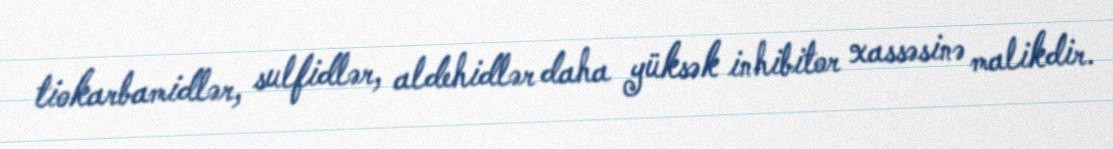
tiokarbamidlər, sulfidlər, aldehidlər daha yüksək inhibitor xassəsinə malikdir.